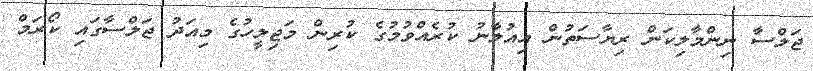
ޖަލްސާ ނިންމާލިކަން ރިޔާސަތުން އިއުލާނު ކުރެއްވުމުގެ ކުރިން މަޖިލީހުގެ މިއަދު ޖަލްސާގައި ކޯރަމް